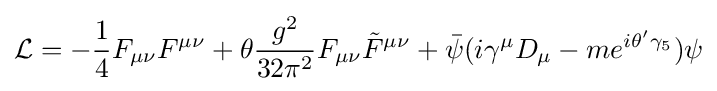
{\mathcal {L}}=-{\frac {1}{4}}F_{\mu \nu }F^{\mu \nu }+\theta {\frac {g^{2}}{32\pi ^{2}}}F_{\mu \nu }{\tilde {F}}^{\mu \nu }+{\bar {\psi }}(i\gamma ^{\mu }D_{\mu }-me^{i\theta '\gamma _{5}})\psi